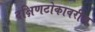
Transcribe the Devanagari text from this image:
दक्षिणटोकावरील